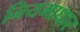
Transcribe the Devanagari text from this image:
नियमाधार